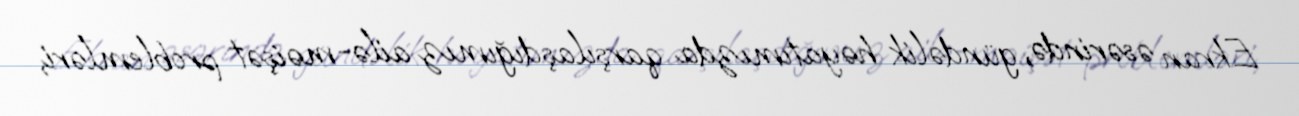
Ekran əsərində, gündəlik həyatımızda qarşılaşdığımız ailə-məişət problemləri,